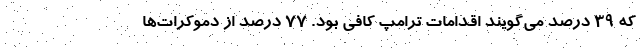
که ۳۹ درصد می‌گویند اقدامات ترامپ کافی بود. ۷۷ درصد از دموکرات‌ها